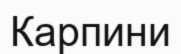
Карпини